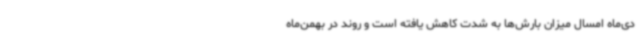
دی‌ماه امسال میزان بارش‌ها به شدت کاهش یافته است و روند در بهمن‌ماه